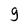
Character: g